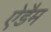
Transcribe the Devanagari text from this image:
ऐडैम